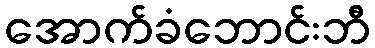
အောက်ခံဘောင်းဘီ